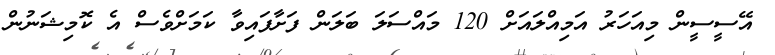
އޭސީސީން މިއަހަރު އަމިއްލައަށް 120 މައްސަލަ ބަލަން ފަށާފައިވާ ކަމަށްވެސް އެ ކޮމިޝަނުން